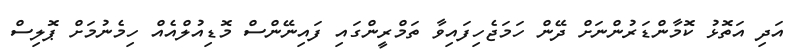
އަދި އަތޮޅު ކޮމާންޑަރުންނަށް ދޭން ހަމަޖެހިފައިވާ ތަމްރީންގައި ފައިނޭންސް މޮޑިއުލްއެއް ހިމެނުމަށް ޕޮލިސް